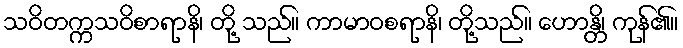
သဝိတက္ကသဝိစာရာနိ၊ တို့ သည်။ ကာမာဝစရာနိ၊ တို့သည်။ ဟောန္တိ၊ ကုန်၏။